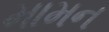
મામન